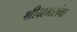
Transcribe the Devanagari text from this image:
श्रीभ्रमरांबा